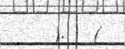
).   (